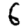
Digit: 6